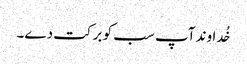
خُداوند آپ سب کو برکت دے۔